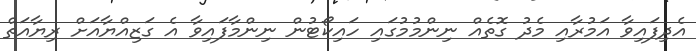
އެދިފައިވާ އަމުރާއި މެދު ގޮތެއް ނިންމުމުގައި ހައިކޯޓުން ނިންމާފައިވާ އެ ގަޒިއްޔާއަށް ރިޔާއަތް